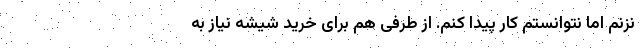
نزنم اما نتوانستم کار پیدا کنم. از طرفی هم برای خرید شیشه نیاز به